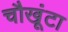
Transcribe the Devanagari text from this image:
चौखूंटा